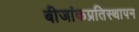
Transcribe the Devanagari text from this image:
बीजांकप्रतिस्थापन